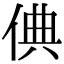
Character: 倎